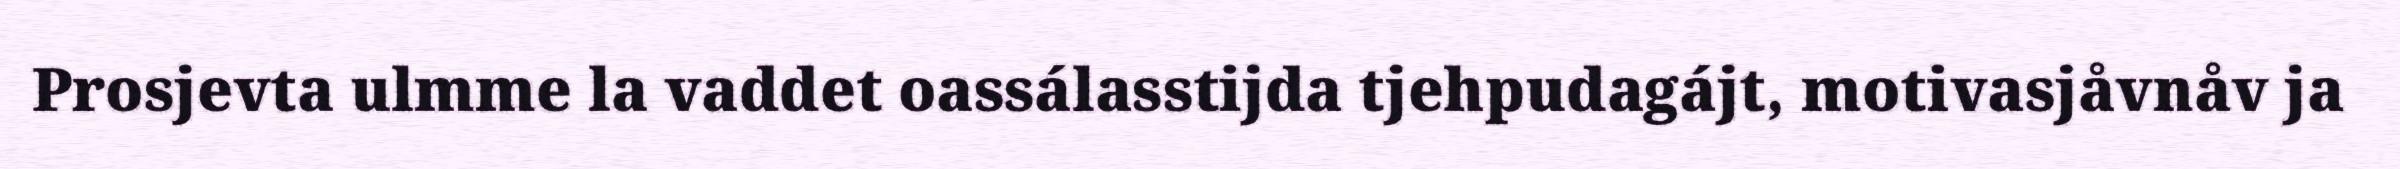
Prosjevta ulmme la vaddet oassálasstijda tjehpudagájt, motivasjåvnåv ja